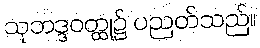
သုဘဒ္ဒဝတ္ထု၌ ပညတ်သည်။